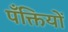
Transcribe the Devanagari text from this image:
पँक्तियों